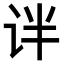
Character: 𫟟